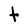
Character: T